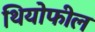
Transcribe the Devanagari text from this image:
थियोफील